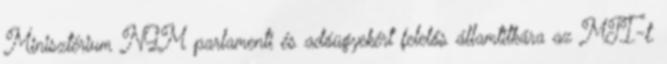
Minisztérium NGM parlamenti és adóügyekért felelős államtitkára az MTI-t.